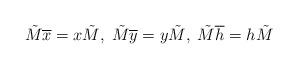
LaTeX: \begin{align*}\tilde{M} \overline{x} =x\tilde{M}, \; \tilde{M} \overline{y} =y\tilde{M}, \; \tilde{M} \overline{h} =h\tilde{M}\end{align*}